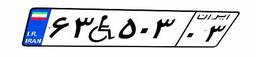
۳۰W۸۳۶۵۰